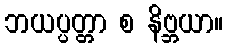
ဘယပ္ပတ္တာ စ နိဗ္ဘယာ။